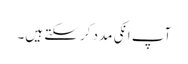
آپ انکی مدد کرسکتے ہیں۔